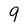
Character: 9